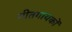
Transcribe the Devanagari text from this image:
गीतगायकों